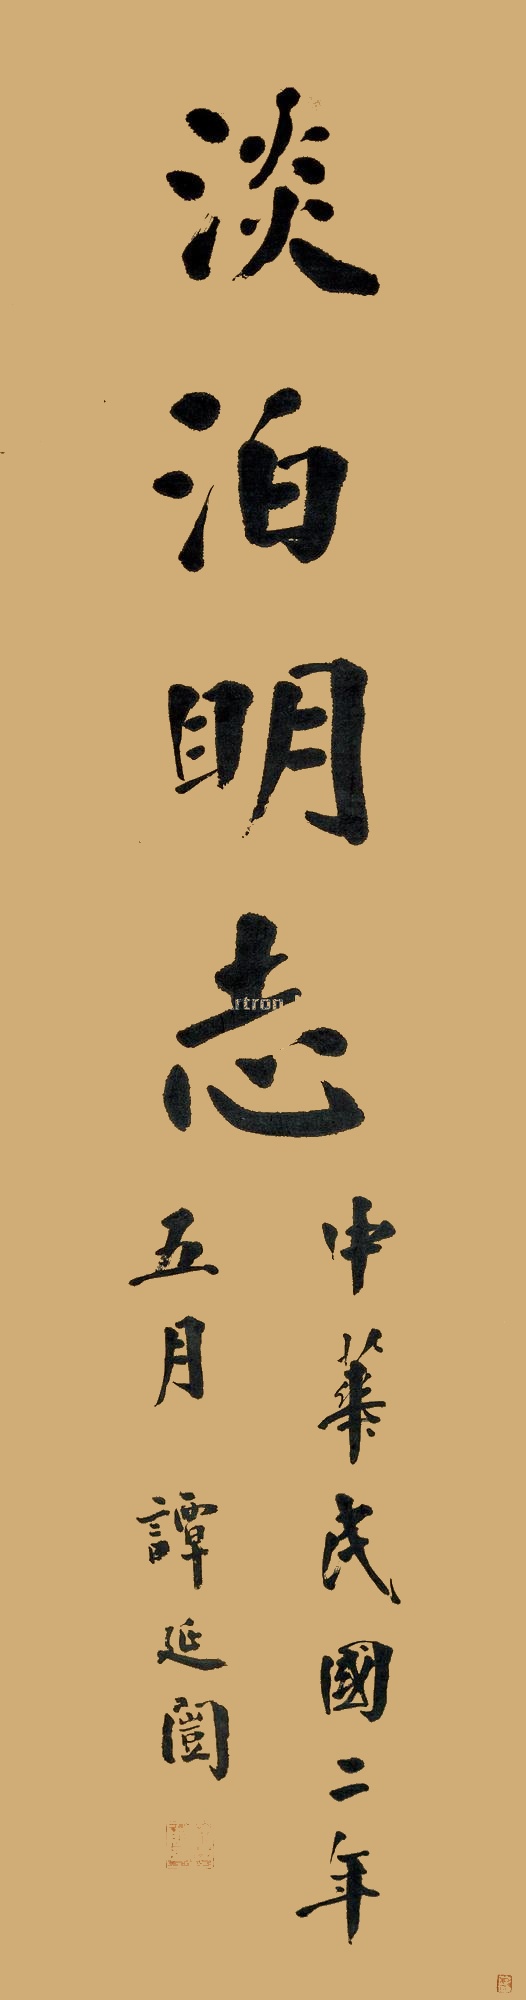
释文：淡泊明志中华民国二年五日，谭延闿。